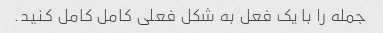
جمله را با یک فعل به شکل فعلی کامل کامل کنید.